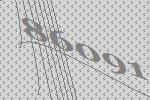
86091